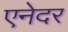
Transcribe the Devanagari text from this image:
एनेदर